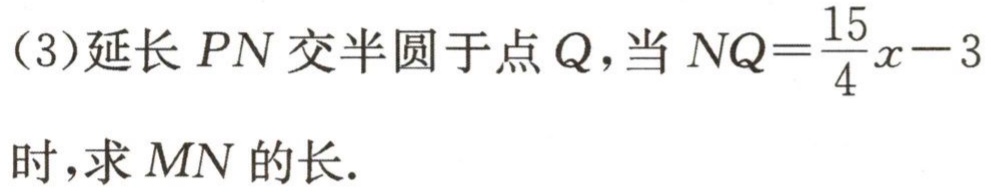
（3）延长 \(PN\) 交半圆于点 \(Q\)，当 \(NQ = \frac{15}{4}x - 3\) 时，求 \(MN\) 的长.